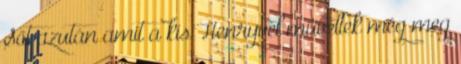
Sőt azután amit a kis Henryvel műveltek még meg